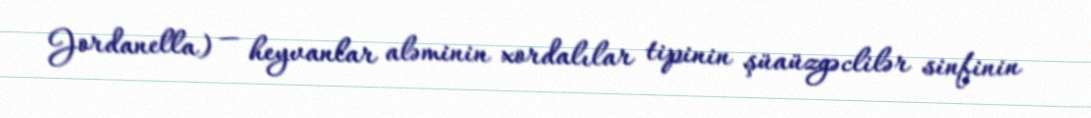
Jordanella) — heyvanlar aləminin xordalılar tipinin şüaüzgəclilər sinfinin